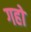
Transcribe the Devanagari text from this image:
गहो